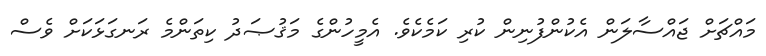
މައްޗަށް ޖައްސާލަން އެކުންފުނިން ކުރި ކަމެކެވެ. އެމީހުންގެ މަޤުޞަދު ކިތަންމެ ރަނގަޅަކަށް ވެސް